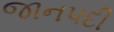
જાનપદી